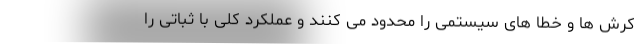
کرش ها و خطا های سیستمی را محدود می کنند و عملکرد کلی با ثباتی را